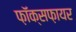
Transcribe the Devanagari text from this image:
फ़ॉक्सफ़ायर